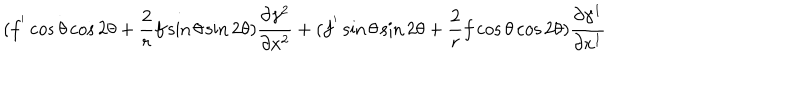
LaTeX: ( f ^ { ' } \cos \theta \cos 2 \theta + \frac { 2 } { r } f \sin \theta \sin 2 \theta ) \frac { \partial \gamma ^ { 2 } } { \partial x ^ { 2 } } + ( f ^ { ' } \sin \theta \sin 2 \theta + \frac { 2 } { r } f \cos \theta \cos 2 \theta ) \frac { \partial \gamma ^ { 1 } } { \partial x ^ { 1 } }